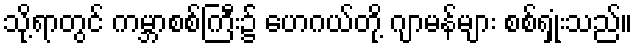
သို့ရာတွင် ကမ္ဘာစစ်ကြီး၌ ဟေဂယ်တို့ ဂျာမန်များ စစ်ရှုံးသည်။